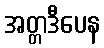
အတ္တဒီပေန